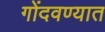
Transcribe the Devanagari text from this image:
गोंदवण्यात